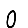
Digit: 0